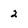
Character: 2